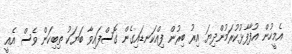
އެމީހުން އުފާފާޅުކުރަމުންދިޔަ އިރު ބިރުން ފިއްކަނޑައިގެން ގޮސްފައިވާ ބަޔަކު ތިބިކަން ވެސް އެއީ